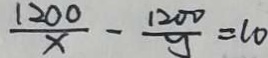
\frac { 1 2 0 0 } { x } - \frac { 1 2 0 0 } { g } = 1 0